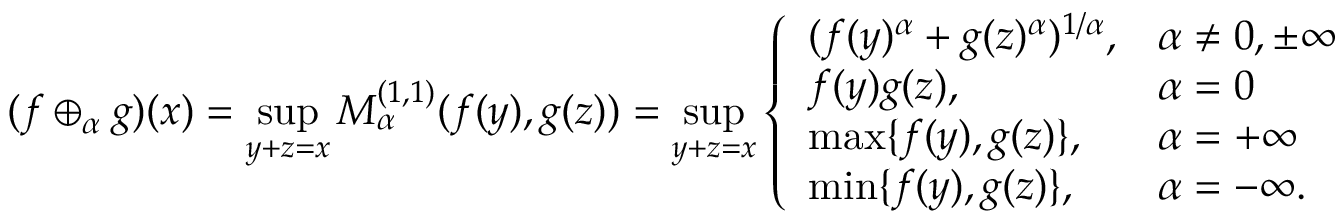
( f \oplus _ { \alpha } g ) ( x ) = \operatorname* { s u p } _ { y + z = x } M _ { \alpha } ^ { ( 1 , 1 ) } ( f ( y ) , g ( z ) ) = \operatorname* { s u p } _ { y + z = x } \left\{ \begin{array} { l l } { ( f ( y ) ^ { \alpha } + g ( z ) ^ { \alpha } ) ^ { 1 / \alpha } , } & { \alpha \neq 0 , \pm \infty } \\ { f ( y ) g ( z ) , } & { \alpha = 0 } \\ { \operatorname* { m a x } \{ f ( y ) , g ( z ) \} , } & { \alpha = + \infty } \\ { \operatorname* { m i n } \{ f ( y ) , g ( z ) \} , } & { \alpha = - \infty . } \end{array} \right.